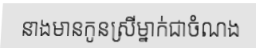
នាងមានកូនស្រីម្នាក់ជាចំណង